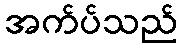
အက်ပ်သည်